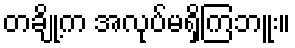
တချို့က အလုပ်မရှိကြဘူး။